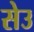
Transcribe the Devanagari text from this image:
सेउ